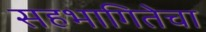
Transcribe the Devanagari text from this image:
सहभागितेचा